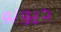
ديونه